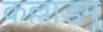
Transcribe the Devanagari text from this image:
कल्लाडम्